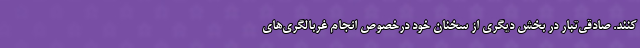
کنند. صادقی‌تبار در بخش دیگری از سخنان خود درخصوص انجام غربالگری‌های